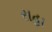
રાહા